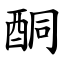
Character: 酮